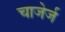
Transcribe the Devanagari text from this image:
चाजेर्ज